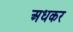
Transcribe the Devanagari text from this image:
अधकर